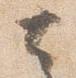
去